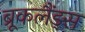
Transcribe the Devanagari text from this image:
ब्रूकलैंड्स